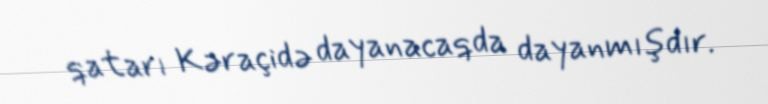
qatarı Kəraçidə dayanacaqda dayanmışdır.